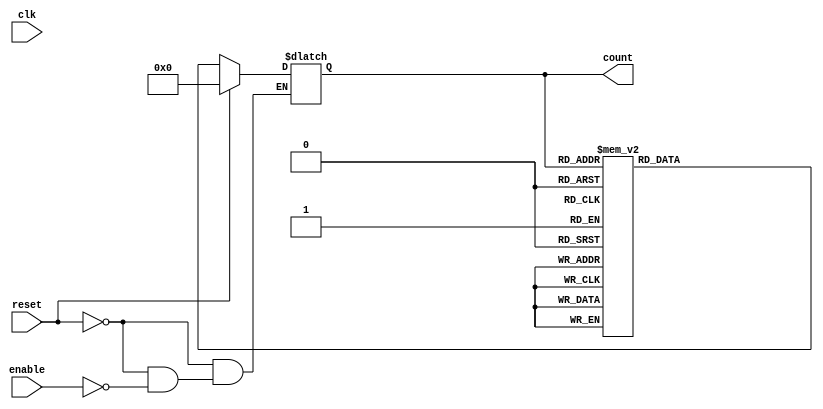
module async_counter (
    input wire clk,          // Clock input (for simulation purposes)
    input wire enable,       // Enable signal for counting
    input wire reset,        // Asynchronous reset signal
    output reg [3:0] count   // 4-bit binary count output
);
    
    // Asynchronous reset and counting logic
    always @* begin
        if (reset) begin
            count = 4'b0000; // Reset count to 0
        end else if (enable) begin
            // Count Up Logic
            case (count)
                4'b0000: count = 4'b0001;
                4'b0001: count = 4'b0010;
                4'b0010: count = 4'b0011;
                4'b0011: count = 4'b0100;
                4'b0100: count = 4'b0101;
                4'b0101: count = 4'b0110;
                4'b0110: count = 4'b0111;
                4'b0111: count = 4'b1000;
                4'b1000: count = 4'b1001;
                4'b1001: count = 4'b1010;
                4'b1010: count = 4'b1011;
                4'b1011: count = 4'b1100;
                4'b1100: count = 4'b1101;
                4'b1101: count = 4'b1110;
                4'b1110: count = 4'b1111;
                4'b1111: count = 4'b0000; // Wrap around
                default: count = 4'b0000; // Safety default
            endcase
        end
    end

endmodule